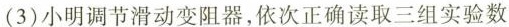
(3)小明调节滑动变阻器，依次正确读取三组实验数